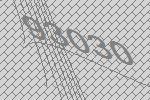
93030